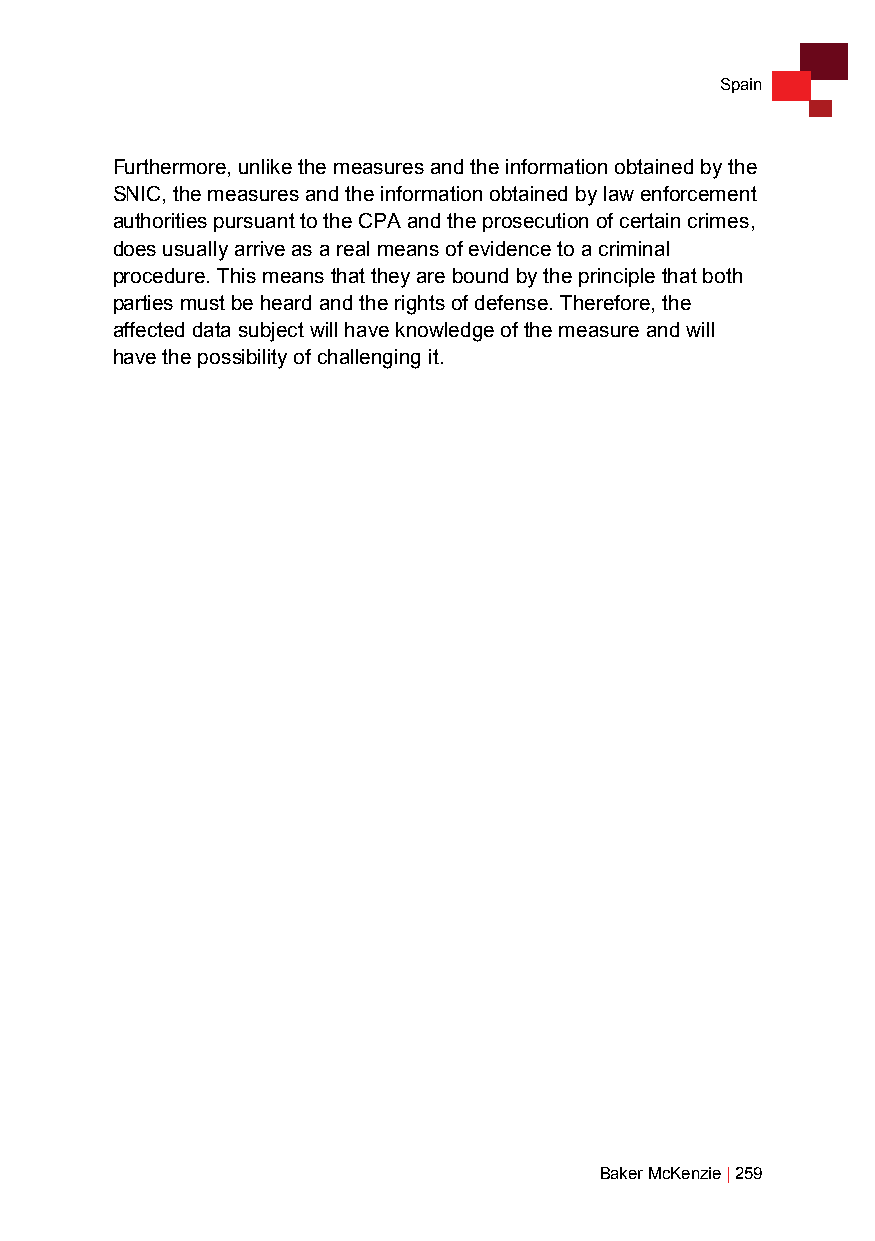
Spain
 Furthermore, unlike the measures and the information obtained by the
 SNIC, the measures and the information obtained by law enforcement
 authorities pursuant to the CPA and the prosecution of certain crimes,
 does usually arrive as a real means of evidence to a criminal
 procedure. This means that they are bound by the principle that both
 parties must be heard and the rights of defense. Therefore, the
 affected data subject will have knowledge of the measure and will
 have the possibility of challenging it.
 Baker McKenzie | 259